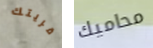
قريتك محاميك